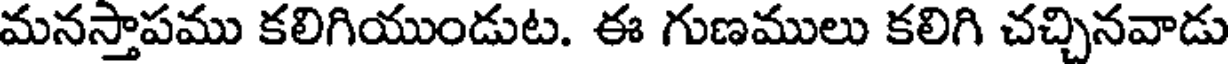
మనస్తాపము కలిగియుండుట. ఈ గుణములు కలిగి చచ్చినవాడు